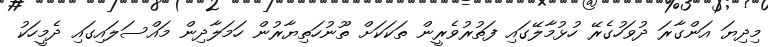
މިދިޔަ އަންގާރަ ދުވަހުގެރޭ ހުޅުމާލޭގައި ފަތުރުވެރީން ތަކަކަށް ތޫނުހަތިޔާރުން ހަމަލާދިން މައްސަލައިގައި ދެމީހަކު